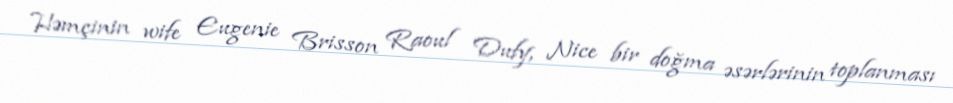
Həmçinin wife Eugenie Brisson Raoul Dufy, Nice bir doğma əsərlərinin toplanması